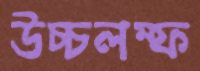
উচ্চলম্ফ